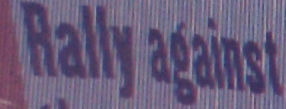
Rally against